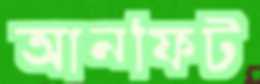
আনফিট